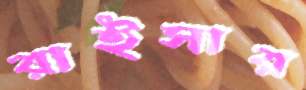
রাইসার